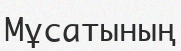
Мұсатының